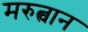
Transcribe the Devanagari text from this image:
मरुत्वान